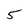
Character: 5